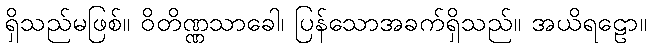
ရှိသည်မဖြစ်။ ဝိတိဏ္ဏသာခေါ၊ ပြန်သောအခက်ရှိသည်။ အယိရဠော။